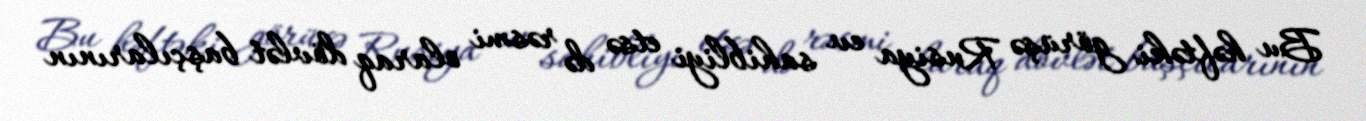
Bu həftəki görüşə Rusiya ev sahibliyi etsə də rəsmi olaraq dövlət başçılarının